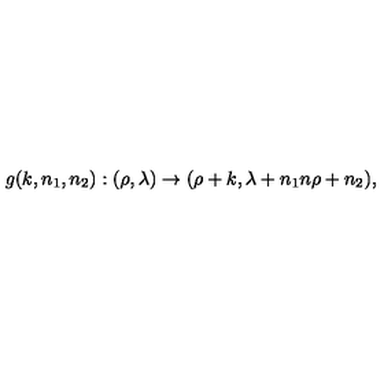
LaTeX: g ( k , n _ { 1 } , n _ { 2 } ) : ( \rho , \lambda ) \rightarrow ( \rho + k , \lambda + n _ { 1 } n \rho + n _ { 2 } ) ,